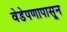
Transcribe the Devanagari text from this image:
वेडेपणापासून